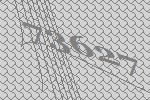
73627